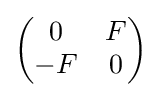
{\begin{pmatrix}0&F\\-F&0\end{pmatrix}}